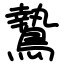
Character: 鷙